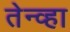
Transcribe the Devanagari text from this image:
तेन्व्हा